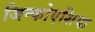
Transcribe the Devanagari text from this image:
जिन्कोएशिया